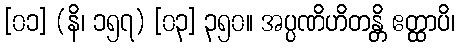
[၀၁] (နိ၊ ၁၅၇) [၀၃] ၃၅၀။ အပ္ပဏိဟိတန္တိ ဧတ္ထာပိ၊